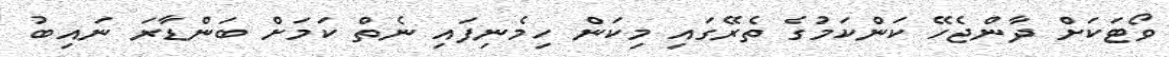
ވޯޓަކަށް ދާންޖެހޭ ކަންކަމުގެ ތެރޭގައި މިކަން ހިމެނިފައި ނެތް ކަމަށް ބަންޑާރަ ނައިބު